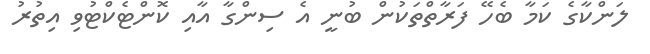
ލަންކާގެ ކަމާ ބެހޭ ފަރާތްތަކުން ބުނީ އެ ސިންގާ އާއި ކޮންޓެކްޓުވި އިތުރު